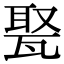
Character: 𤭡